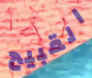
القبيح